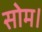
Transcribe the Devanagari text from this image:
सोम।